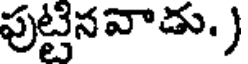
పుట్టినవాడు. )